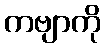
ကဗျာကို